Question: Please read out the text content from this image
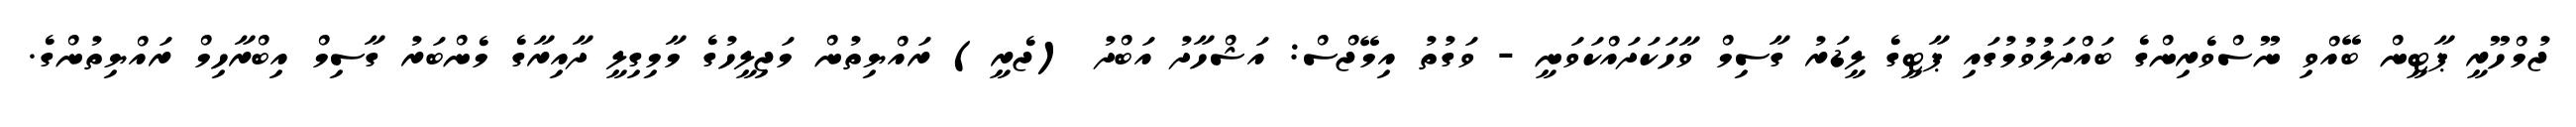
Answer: ޖުމްހޫރީ ޕާޓީން ބޭއްވި ނޫސްވެރިންގެ ބައްދަލުވުމުގައި ޕާޓީގެ ލީޑަރު ގާސިމް ވާހަކަދައްކަވަނީ - ވަގުތު އިމޭޖްސް: އަޝްހާދު އަބްދު (ޖެރީ) ރައްޔިތުން މަޖިލީހުގެ މާމިގިލީ ދާއިރާގެ މެންބަރު ގާސިމް އިބްރާހިމް ރައްޔިތުންގެ.